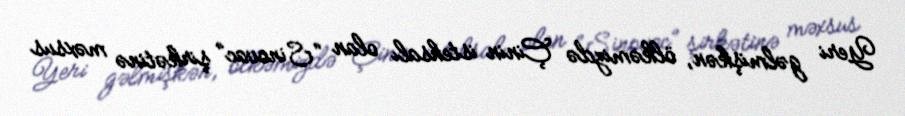
Yeri gəlmişkən, ölkəmizdə Çinin istehsalı olan “Sinovac” şirkətinə məxsus